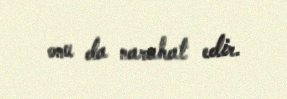
onu da narahat edir.